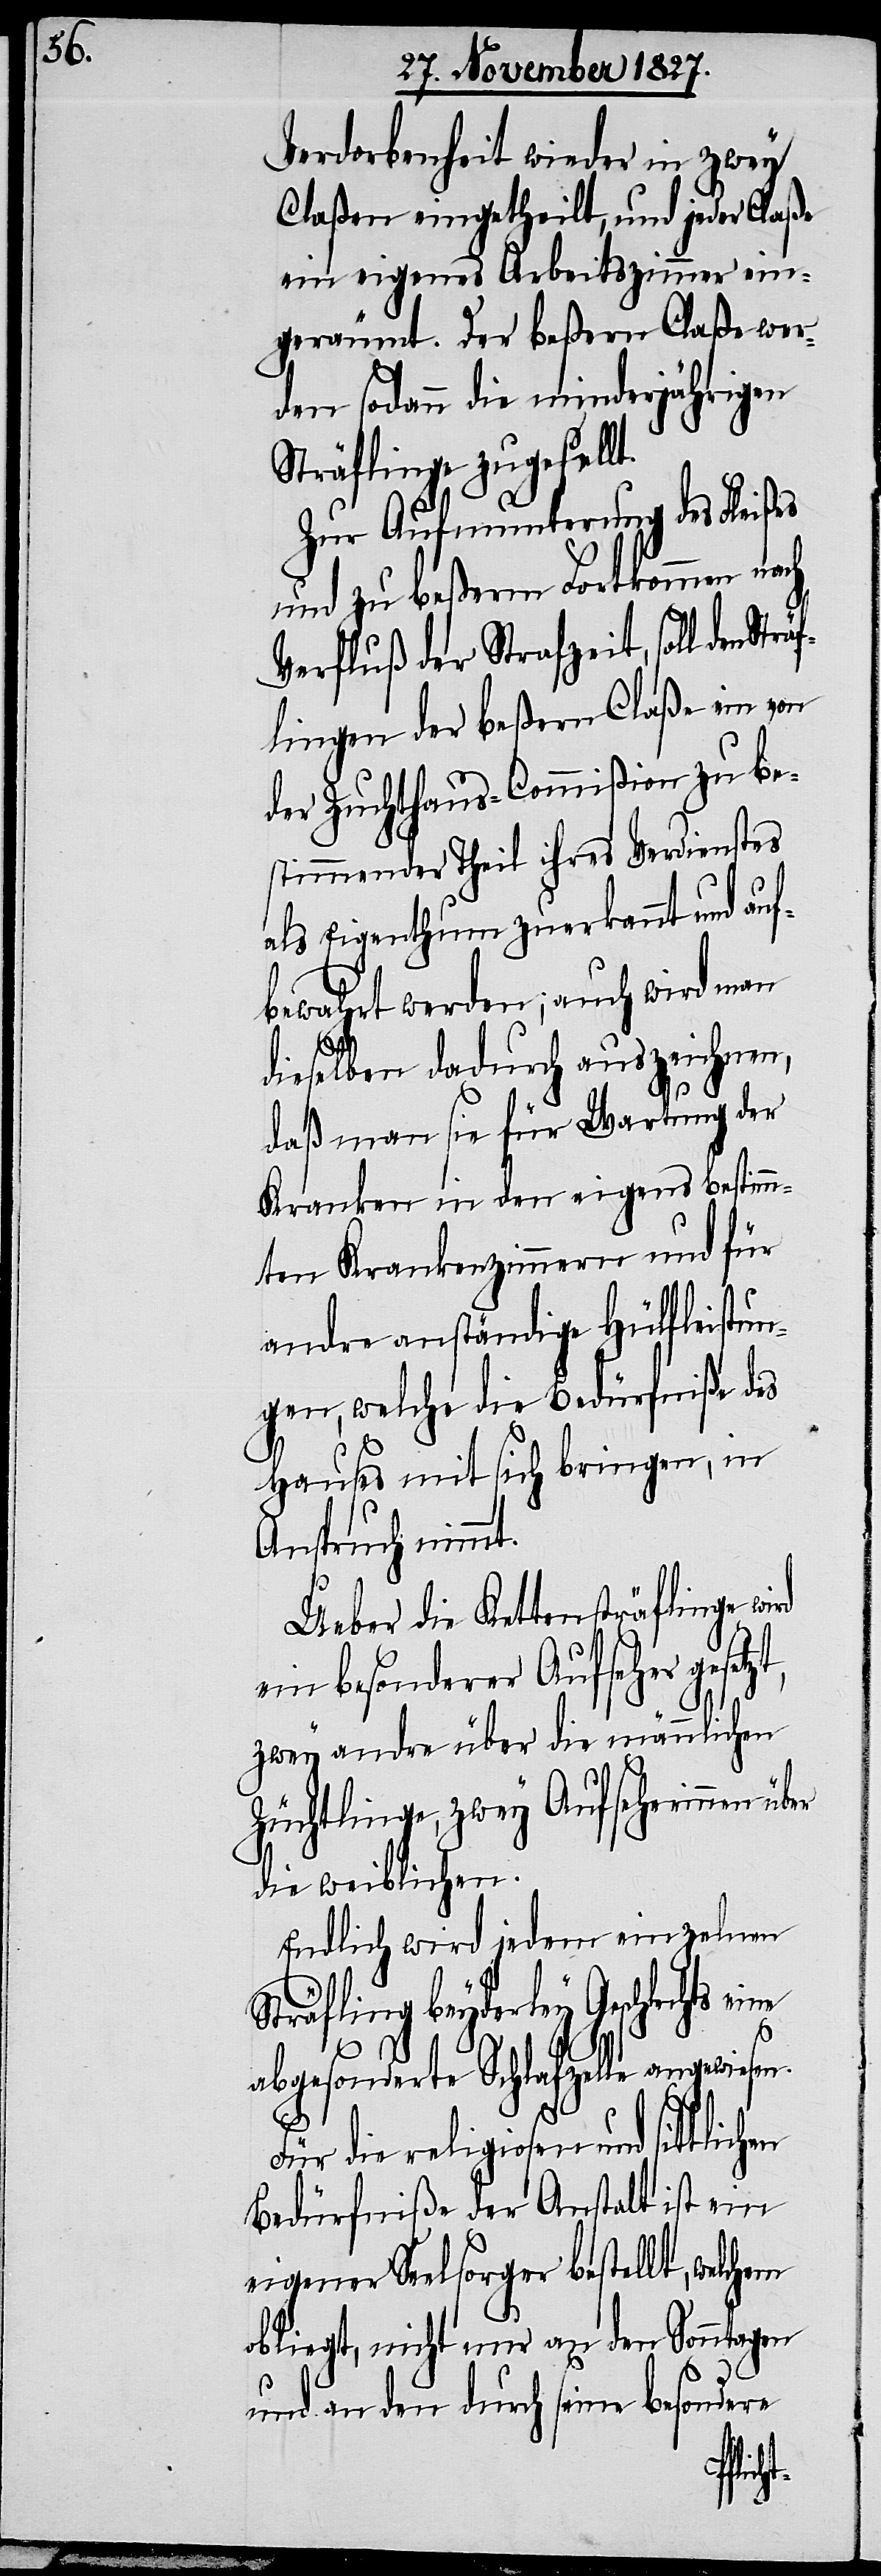
en

Verdorbenheit wieder in zwey
Claßen eingetheilt, und jeder Claße
ein eigenes Arbeitszimmer ein¬
geräumt. Der beßern Claße wer¬
den sodann die minderjährigen
Sträflinge zugesellt.
Zur Aufmunterung des Fleißes
und zu beßerm Fortkommen nach
Verfluß der Strafzeit, soll den Str¬
lingen der beßern Claße ein von
der Zuchthaus-Commißion zu be¬
stimmender Theil ihres Verdienstes
als Eigenthum zuerkannt und auf¬
bewahrt werden; auch wird man
dieselben dadurch auszeichnen,
daß man sie für Wartung der
Kranken in den eigens bestimm¬
ten Krankenzimmern und für
andre anständige Hülfleistun¬
gen, welche die Bedürfniße des
Hauses mit sich bringen, in
Anspruch nimmt.
Ueber die Kettensträflinge wird
ein besonderer Aufseher geset¬
zwey andre über die männlichen
Züchtlinge, zwey Aufseherinnen über
die weiblichen.
Endlich wird jedem einzelnen
Sträfling beyderley Geschlechts
abgesonderte Schlafzelle angewie¬
Für die religiosen und sittlich¬
Bedürfniße der Anstalt ist ein
eigener Seelsorger bestellt, welchem
obliegt, nicht nur an den Sonntagen
und an den durch seine besondere